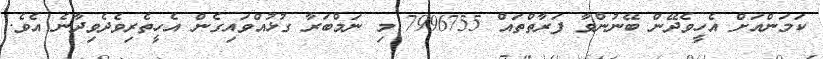
ކަމަންއަށް އެހީވެދޭން ބޭނުންވާ ފަރާތްތައް 7996755 މި ނަމްބަރާ ގުޅުއްވައިގެން އެހީތެރިވެދެވިދާނެ އެވެ.